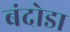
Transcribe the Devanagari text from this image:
बंदोडा